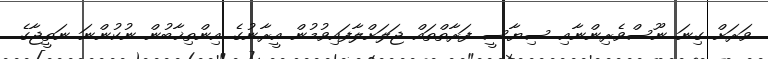
ވަރަށް ގިނަ ނޫސްވެރިންނާއި ސިޔާސީ ފަރާތްތައް ޖަލަށްލާފައިވުމުން އީރާނުގެ އިންތިޚާބުން ނުކުންނަ ނަތީޖާގެ